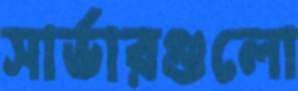
সার্ভারগুলো